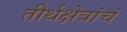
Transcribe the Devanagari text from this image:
तीर्थक्षेत्रांचं